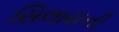
સિલાયની